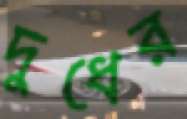
দুধের